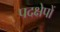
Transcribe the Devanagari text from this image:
पदक्षेपों